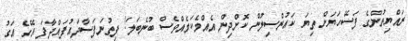
ރައްޔިތުންގެ ފަސޭހަޔަށް ތިޔަ ކައުންސިލުން ކޮށްދިން އެއްމެކަމެއްވެސް ބުނެބަލަ! ފިތުނަފަސާދައުފައްދާފަ އޭގެ އަގު